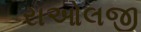
રાઓલજી